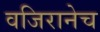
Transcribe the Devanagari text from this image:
वजिरानेच